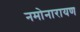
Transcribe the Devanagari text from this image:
नमोनारायण